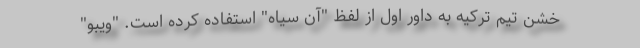
خشن تیم ترکیه به داور اول از لفظ "آن سیاه" استفاده کرده است. "ویبو"